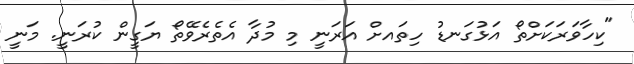
"ކިހާވަރަަކަށްތޯ އަޅުގަނޑު ހިތައށް އަރަނީ މި މުދާ އެތެރެވޭތޯ ޔަގީން ކުރަނީ. މަނީ